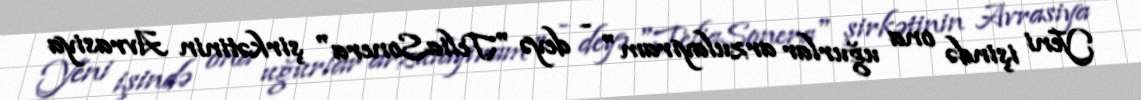
Yeni işində ona uğurlar arzulayıram" - deyə "TeliaSonera" şirkətinin Avrasiya